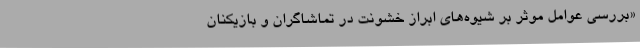
«بررسی عوامل موثر بر شیوه‌های ابراز خشونت در تماشاگران و بازیکنان